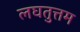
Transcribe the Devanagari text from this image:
लघतुत्तम